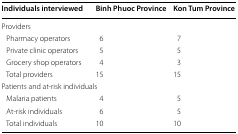
| Individuals interviewed | Binh Phuoc Province | Kon Tum Province |
 | --- | --- | --- |
 | <COLSPAN=3> Providers |
 | Pharmacy operators | 6 | 7 |
 | Private clinic operators | 5 | 5 |
 | Grocery shop operators | 4 | 3 |
 | Total providers | 15 | 15 |
 | <COLSPAN=3> Patients and at-risk individuals |
 | Malaria patients | 4 | 5 |
 | At-risk individuals | 6 | 5 |
 | Total individuals | 10 | 10 |